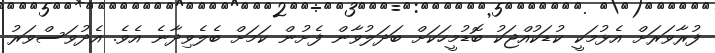
ފުރާވަރަށް އެޅުމަކީ ކުޑަކުއްޖަކު ބޮޑުމީހަކަށް ބަދަލުވާން ފެށުން ކަމަށް ބެލެވިދާނެ އެވެ. އެދުވަސްވަރު